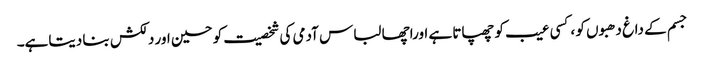
جسم کے داغ دھبوں کو ،کسی عیب کو چھپاتا ہے اوراچھا لباس آدمی کی شخصیت کو حسین اور دلکش بنا دیتاہے۔